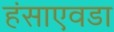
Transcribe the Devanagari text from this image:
हंसाएवडा